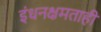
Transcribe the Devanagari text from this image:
इंधनक्षमताही